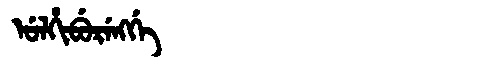
Manchu: ᡠᠯᡥᡳᠪᡠᡵᡝᠩᡤᡝ
Romanization: ULHIBURENGGE